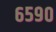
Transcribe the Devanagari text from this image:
६५९०